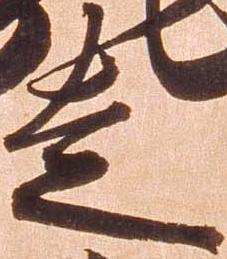
走